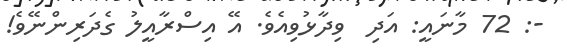
-: 72 މާނައީ: އަދި  ވިދާޅުވިއެވެ. އޭ އިސްރާއީލު ގެދަރިންނޭވެ!